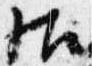
帖